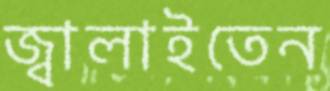
জ্বালাইতেন